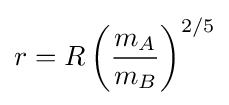
r=R\left({\frac {m_{A}}{m_{B}}}\right)^{2/5}